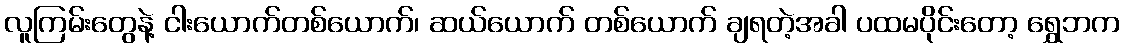
လူကြမ်းတွေနဲ့ ငါးယောက်တစ်ယောက်၊ ဆယ်ယောက် တစ်ယောက် ချရတဲ့အခါ ပထမပိုင်းတော့ ရွှေဘက